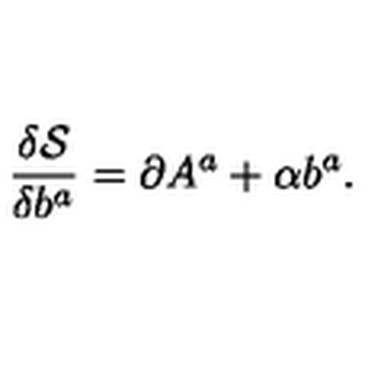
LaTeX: \frac { \delta \mathcal { S } } { \delta b ^ { a } } = \partial A ^ { a } + \alpha b ^ { a } .